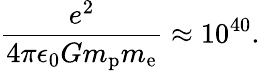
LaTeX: {\frac{e^{2}}{4\pi\epsilon_{0}Gm_{\mathrm{p}}m_{\mathrm{e}}}}\approx 10^{40}.